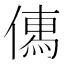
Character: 𠍶